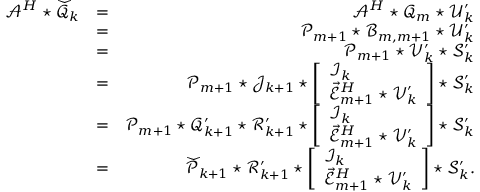
\begin{array} { r l r } { \mathcal { A } ^ { H } \star \widecheck { \mathcal { Q } } _ { k } } & { = } & { \mathcal { A } ^ { H } \star \mathcal { Q } _ { m } \star \mathcal { U } _ { k } ^ { \prime } } \\ & { = } & { \mathcal { P } _ { m + 1 } \star \mathcal { B } _ { m , m + 1 } \star \mathcal { U } _ { k } ^ { \prime } } \\ & { = } & { \mathcal { P } _ { m + 1 } \star \mathcal { V } _ { k } ^ { \prime } \star \mathcal { S } _ { k } ^ { \prime } } \\ & { = } & { \mathcal { P } _ { m + 1 } \star \mathcal { J } _ { k + 1 } \star \left[ \begin{array} { l } { \mathcal { I } _ { k } } \\ { \vec { \mathcal { E } } _ { m + 1 } ^ { H } \star \mathcal { V } _ { k } ^ { \prime } } \end{array} \right] \star \mathcal { S } _ { k } ^ { \prime } } \\ & { = } & { \mathcal { P } _ { m + 1 } \star \mathcal { Q } _ { k + 1 } ^ { \prime } \star \mathcal { R } _ { k + 1 } ^ { \prime } \star \left[ \begin{array} { l } { \mathcal { I } _ { k } } \\ { \vec { \mathcal { E } } _ { m + 1 } ^ { H } \star \mathcal { V } _ { k } ^ { \prime } } \end{array} \right] \star \mathcal { S } _ { k } ^ { \prime } } \\ & { = } & { \widecheck { \mathcal { P } } _ { k + 1 } \star \mathcal { R } _ { k + 1 } ^ { \prime } \star \left[ \begin{array} { l } { \mathcal { I } _ { k } } \\ { \vec { \mathcal { E } } _ { m + 1 } ^ { H } \star \mathcal { V } _ { k } ^ { \prime } } \end{array} \right] \star \mathcal { S } _ { k } ^ { \prime } . } \end{array}